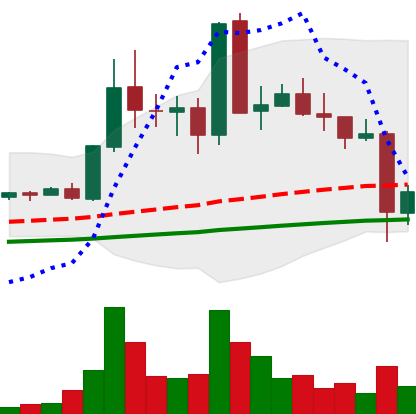
Ticker: EOS-USD
Chart end date: 2021-05-20
Forward return: -14.453%
Label: down_7plus